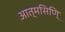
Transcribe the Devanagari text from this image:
आत्मसिणि्